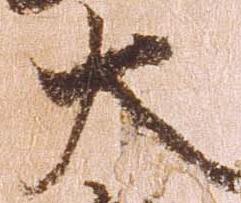
大